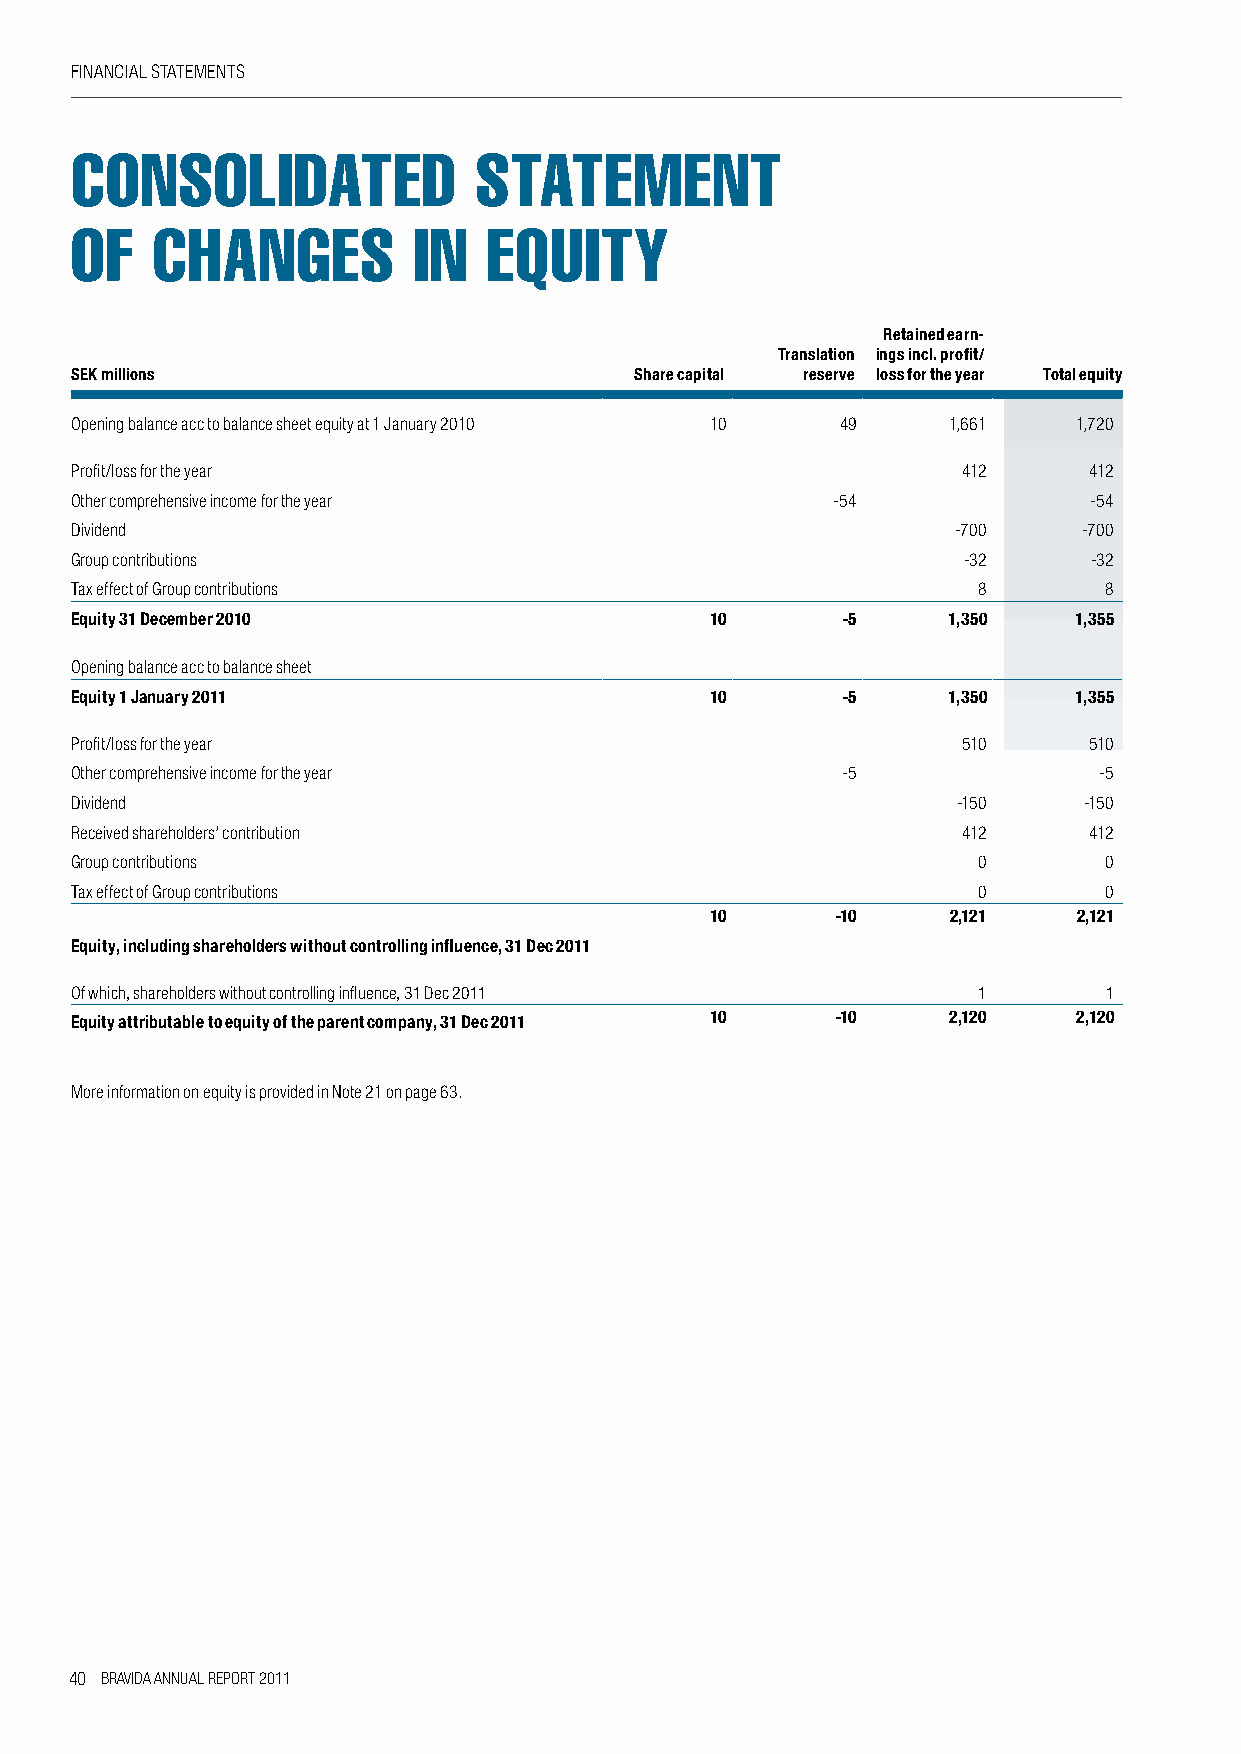
FINANCIAl STATEMENTS
 consoliDateD              statement
 of   changes          in   equity
 Retained earn-
 Translation ings incl. profit/
 SEK millions                         Share capital reserve loss for the year Total equity
 Opening balance acc to balance sheet equity at 1 January 2010 10 49 1,661 1,720
 Profit/loss for the year                                   412     412
 Other comprehensive income for the year           -54              -54
 Dividend                                                  -700     -700
 Group contributions                                        -32     -32
 Tax effect of Group contributions                           8       8
 Equity 31 December 2010                   10       -5     1,350   1,355
 Opening balance acc to balance sheet
 Equity 1 January 2011                     10       -5     1,350   1,355
 Profit/loss for the year                                   510     510
 Other comprehensive income for the year            -5               -5
 Dividend                                                  -150     -150
 Received shareholders’ contribution                        412     412
 Group contributions                                         0       0
 Tax effect of Group contributions                           0       0
 10      -10     2,121   2,121
 Equity, including shareholders without controlling influence, 31 Dec 2011
 Of which, shareholders without controlling influence, 31 Dec 2011 1 1
 Equity attributable to equity of the parent company, 31 Dec 2011 10 -10 2,120 2,120
 More information on equity is provided in Note 21 on page 63.
 40 BRAVIDA ANNUAL REPORT 2011